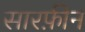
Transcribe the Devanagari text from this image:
सारफ़ीन